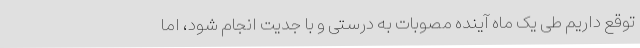
توقع داریم طی یک ماه آینده مصوبات به درستی و با جدیت انجام شود، اما